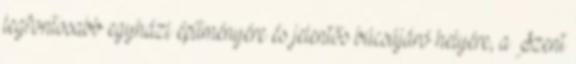
legfontosabb egyházi építményére és jelentős búcsújáró helyére, a Szent